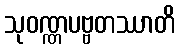
သုဝဏ္ဏပဗ္ဗတဿာတိ